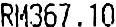
RM367.10